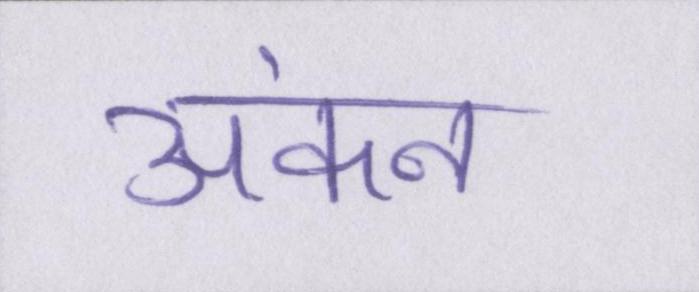
अंकन